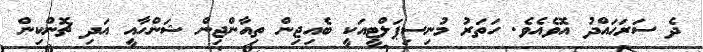
ދެ ސަރަޙައްދު އޮވެއެވެ. ހަތަރު މުނިސިޕަލްޓީއަކީ ބެއިޖިން ތިއާންޖިން ޝަންހާއީ އަދި ޗޮންކިން